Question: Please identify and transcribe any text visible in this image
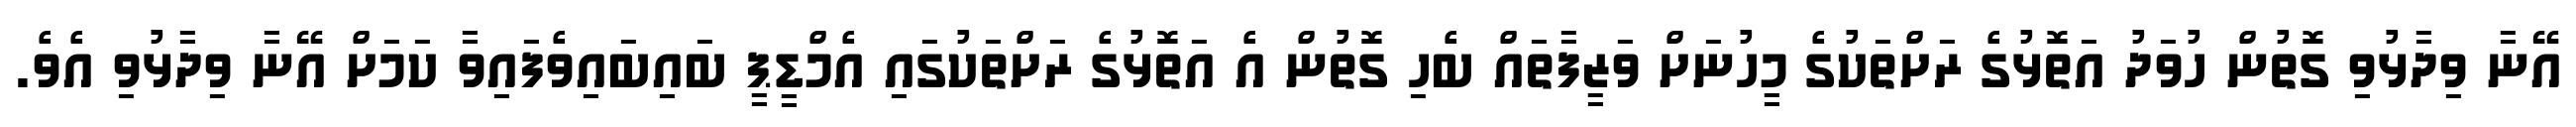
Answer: އޭނާ ވިދާޅުވި ގޮތުން ހުވަދު އަތޮޅުގެ ރަށްތަކުގެ މީހުނަށް ވަޒީފާތައް ބެހި ގޮތުން އެ އަތޮޅުގެ ރަށްތަކުގައި އެމްޑީޕީ ބައިބައިވެފައިވާ ކަމަށް އޭނާ ވިދާޅުވި އެވެ.